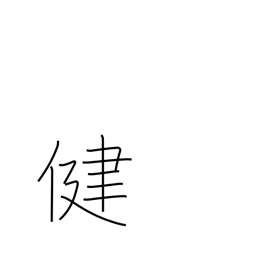
Meaning: healthy